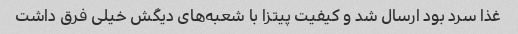
غذا سرد بود ارسال شد و کیفیت پیتزا با شعبه‌های دیگش خیلی فرق داشت